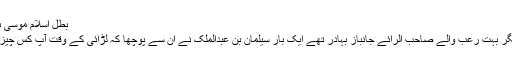
بطل اسلام موسیٰ بن نصیر رحمہ اللہ​
آپ لنگڑے تھے مگر بہت رعب والے صاحب الرائے جانباز بہادر تھے ایک بار سیلمان بن عبدالملک نے ان سے پوچھا کہ لڑائی کے وقت آپ کس چیز کی پناہ لیتے ہیں ۔